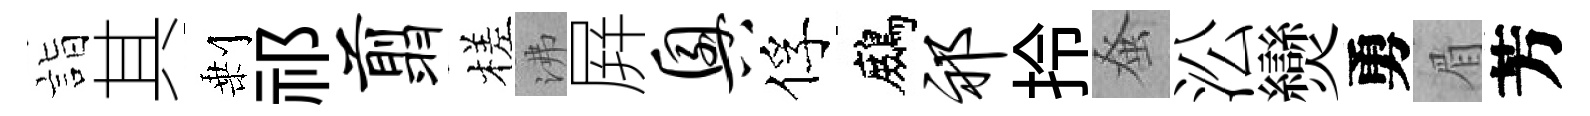
詣其剰祁翦槎沸屛兴俘鷓祁拎𫊫㳂𤓖勇眉芳